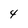
Character: 4